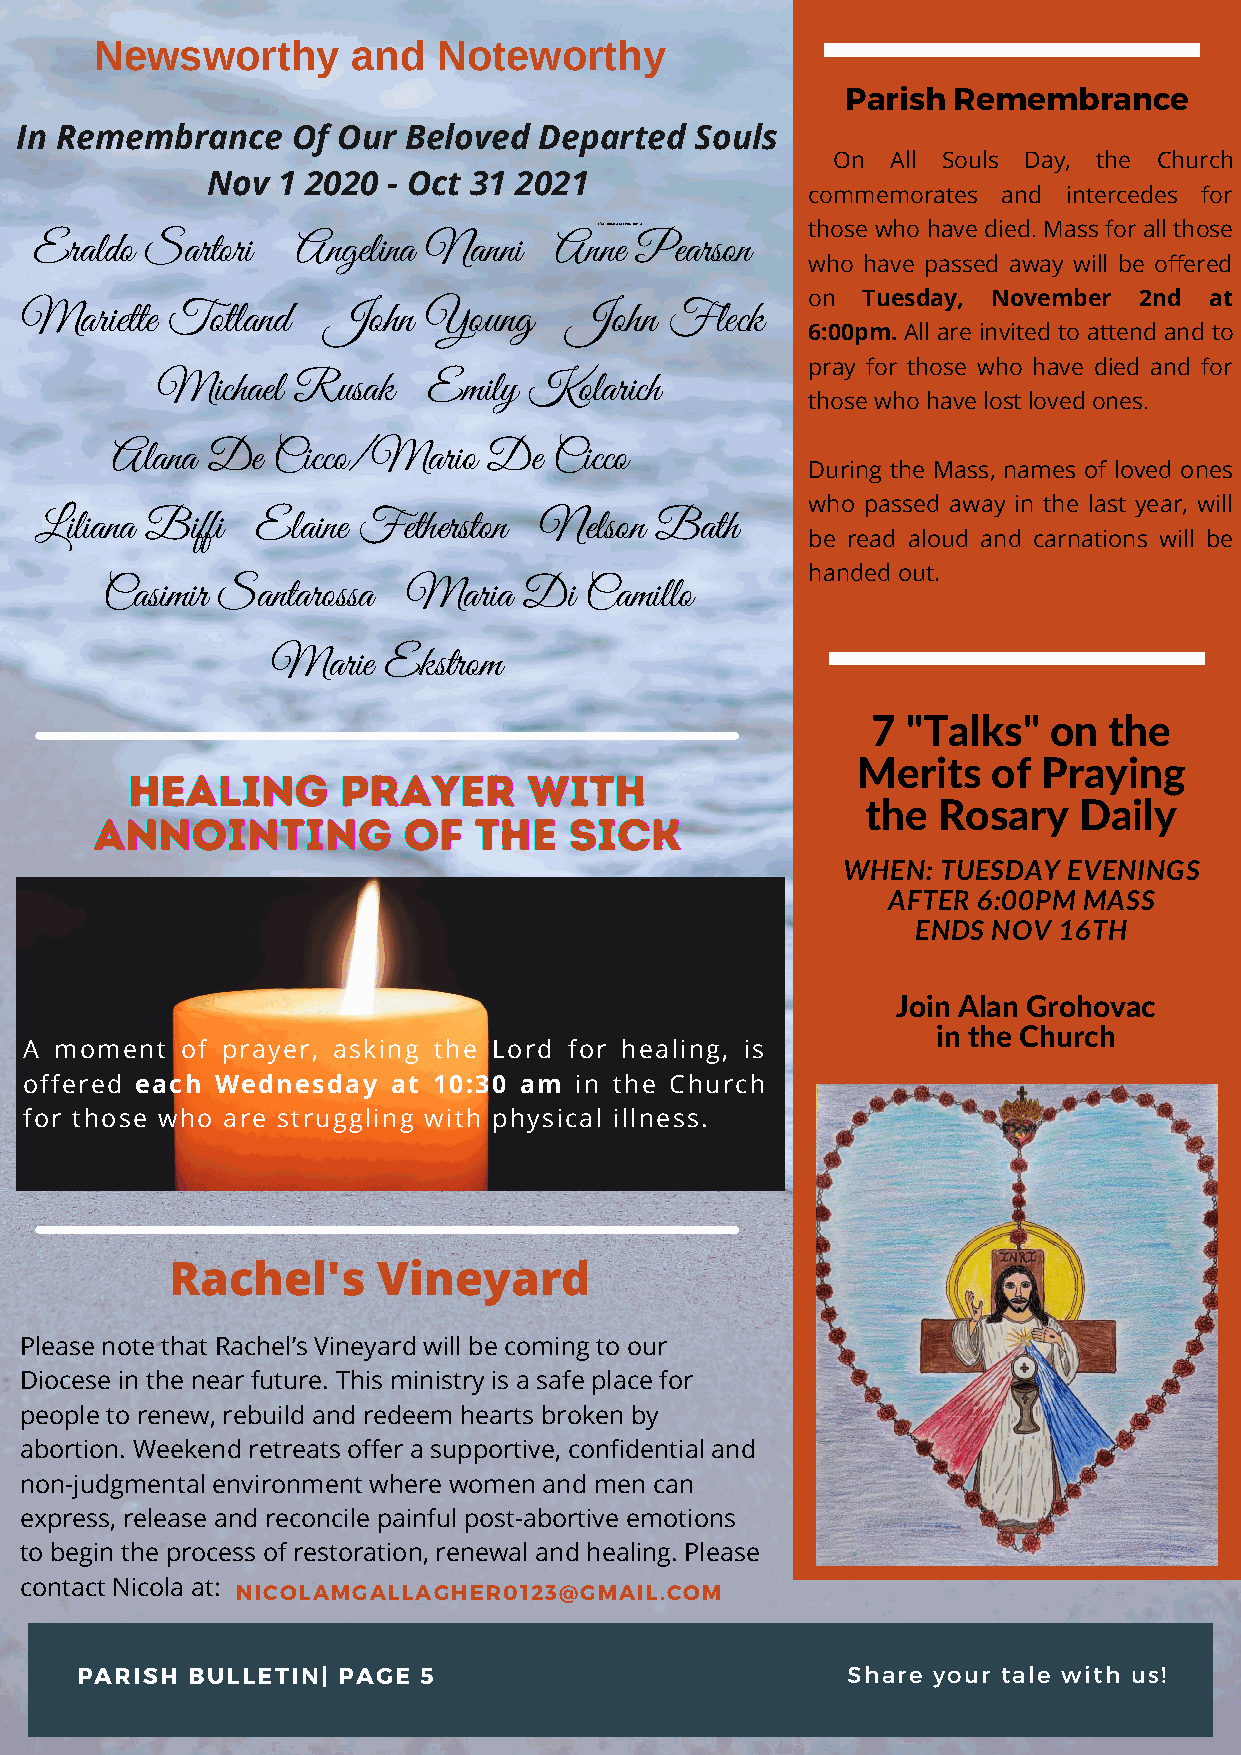
Newsworthy       and   Noteworthy
 Parish Remembrance
 In Remembrance    Of Our  Beloved  Departed  Souls
 On  All Souls Day, the Church
 Nov 1 2020  - Oct 31 2021
 commemorates and  intercedes for
 I'M DREAMING OF A those who have died. Mass for all those
 Eraldo  Sartori   Angelina Nanni   Anne Pearson
 who have passed away will be offered
 on  Tuesday, November 2nd  at
 Mariette  Totland    John  Young     John  Fleck
 6:00pm. All are invited to attend and to
 pray for those who have died and for
 Michael  Rusak    Emily  Kolarich
 those who have lost loved ones.
 Alana  De  Cicco/Mario   De   Cicco
 During the Mass, names of loved ones
 who passed away in the last year, will
 Liliana Biffi  Elaine Fetherston  Nelson Bath
 be read aloud and carnations will be
 handed out.
 Casimir Santarossa  Maria   Di  Camillo
 Marie  Ekstrom
 7 "Talks"  on  the
 Merits   of Praying
 HHHEEEAAALLLIIINNNGGG PPPRRRAAAYYYEEERRR WWWIIITTTHHH
 the  Rosary   Daily
 AAANNNNNNOOOIIINNNTTTIIINNNGGG OOOFFF TTTHHHEEE SSSIIICCCKKK
 WHEN: TUESDAY  EVENINGS
 AFTER 6:00PM MASS
 ENDS NOV 16TH
 Join Alan Grohovac
 in the Church
 A moment  of prayer, asking the Lord for healing, is
 offered each Wednesday  at 10:30 am in the Church
 for those who are struggling with physical illness.
 Rachel's      Vineyard
 Please note that Rachel’s Vineyard will be coming to our
 Diocese in the near future. This ministry is a safe place for
 people to renew, rebuild and redeem hearts broken by
 abortion. Weekend retreats offer a supportive, confidential and
 non-judgmental environment where women and men can
 express, release and reconcile painful post-abortive emotions
 to begin the process of restoration, renewal and healing. Please
 contact Nicola at: NICOLAMGALLAGHER0123@GMAIL.COM
 PARISH BULLETIN| PAGE  5                           Share your tale with us!